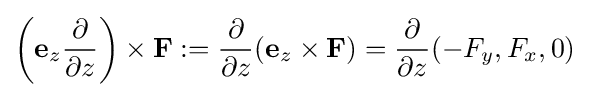
\left(\mathbf {e} _{z}{\partial  \over \partial z}\right)\times \mathbf {F} :={\partial  \over \partial z}(\mathbf {e} _{z}\times \mathbf {F} )={\partial  \over \partial z}(-F_{y},F_{x},0)